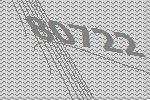
80722